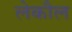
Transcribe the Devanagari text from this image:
लेकौल